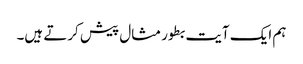
ہم ایک آیت بطور مثال پیش کرتے ہیں۔